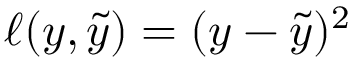
\ell ( y , \tilde { y } ) = ( y - \tilde { y } ) ^ { 2 }